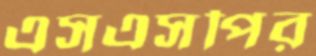
এসএসপির